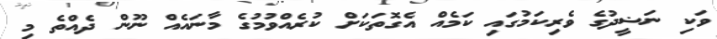
ވަކި ނަޟީދުގެ ވެރިކަމުގައި ކަމެއް އެގޮތަކަށް ކުރެއްވުމުގެ މާނައެއް ނޫން ދެއްތެ މި